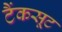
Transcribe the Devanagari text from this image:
टैंकसूट